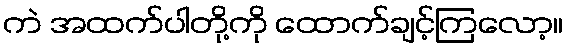
ကဲ အထက်ပါတို့ကို ထောက်ချင့်ကြလော့။